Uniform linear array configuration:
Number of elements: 32
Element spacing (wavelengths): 0.25
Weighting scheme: binomial
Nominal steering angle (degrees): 0
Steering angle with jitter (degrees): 1.446
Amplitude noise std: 0.05
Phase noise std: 0.05

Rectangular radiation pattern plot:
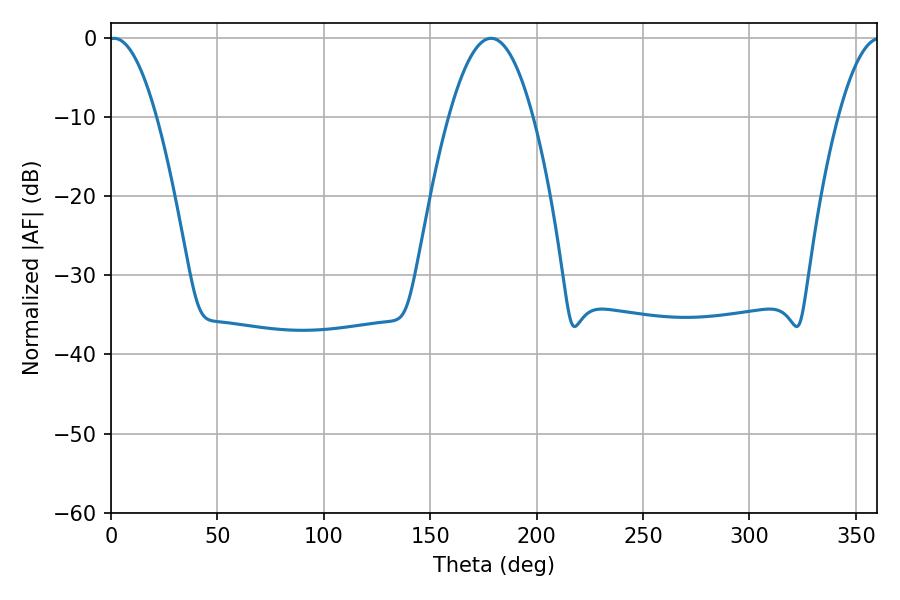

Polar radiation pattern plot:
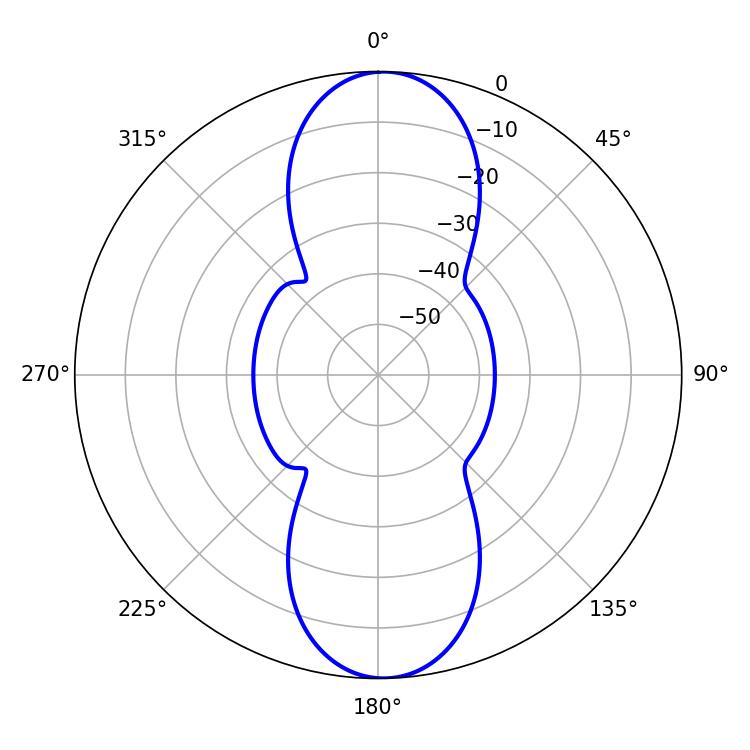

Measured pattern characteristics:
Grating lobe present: FALSE
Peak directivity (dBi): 19.83
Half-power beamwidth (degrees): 12.24
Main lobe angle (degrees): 1.44